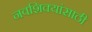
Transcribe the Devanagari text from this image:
नवशिक्यांसाठी